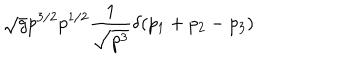
LaTeX: \sqrt { g } p ^ { 3 / 2 } p ^ { 1 / 2 } { \frac { 1 } { \sqrt { p ^ { 3 } } } } \delta ( p _ { 1 } + p _ { 2 } - p _ { 3 } )